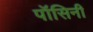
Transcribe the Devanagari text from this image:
पॉसिनी